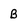
Character: B